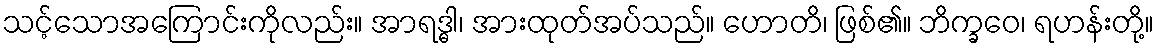
သင့်သောအကြောင်းကိုလည်း။ အာရဒ္ဓါ၊ အားထုတ်အပ်သည်။ ဟောတိ၊ ဖြစ်၏။ ဘိက္ခဝေ၊ ရဟန်းတို့။